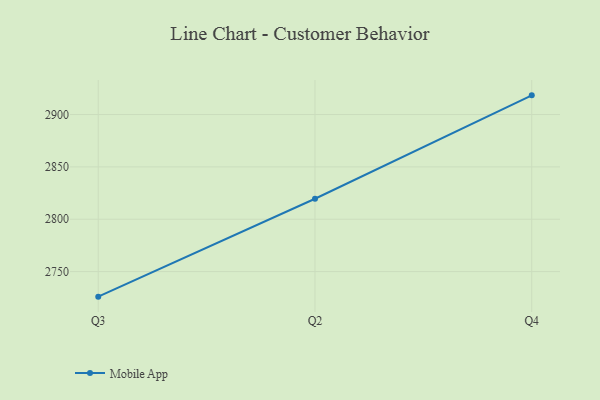
{"axis": {"x": "Quarter", "y": "Website Visitors"}, "legend": ["Mobile App"], "data": [{"x": "Q3", "y": 2726.1, "type": "Mobile App"}, {"x": "Q2", "y": 2819.6, "type": "Mobile App"}, {"x": "Q4", "y": 2918.3, "type": "Mobile App"}]}